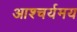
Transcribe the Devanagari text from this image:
आश्चर्यमय